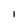
Character: 1